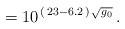
\begin{align*}\:= 10^{\,(\,23 - 6.2\,)\,\sqrt{g_{0}}} \,.\:\end{align*}